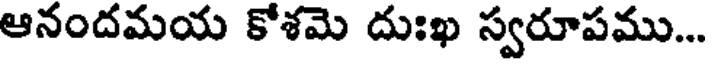
ఆనందమయ కోశమె దుఃఖ స్వరూపము...